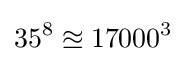
35^{8}\approxeq 17000^{3}